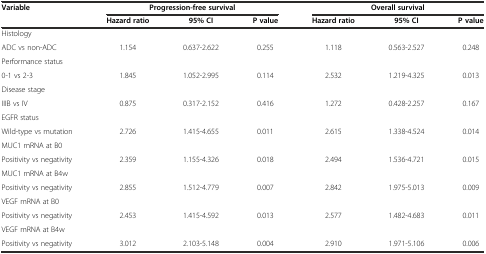
<table><thead><tr><td rowspan="2"><b>Variable</b></td><td colspan="3"><b>Progression-free survival</b></td><td colspan="3"><b>Overall survival</b></td></tr><tr><td><b>Hazard ratio</b></td><td><b>95% CI</b></td><td><b>P value</b></td><td><b>Hazard ratio</b></td><td><b>95% CI</b></td><td><b>P value</b></td></tr></thead><tbody><tr><td>Histology</td><td>[EMPTY_CELL]</td><td>[EMPTY_CELL]</td><td>[EMPTY_CELL]</td><td>[EMPTY_CELL]</td><td>[EMPTY_CELL]</td><td>[EMPTY_CELL]</td></tr><tr><td>ADC vs non-ADC</td><td>1.154</td><td>0.637-2.622</td><td>0.255</td><td>1.118</td><td>0.563-2.527</td><td>0.248</td></tr><tr><td>Performance status</td><td>[EMPTY_CELL]</td><td>[EMPTY_CELL]</td><td>[EMPTY_CELL]</td><td>[EMPTY_CELL]</td><td>[EMPTY_CELL]</td><td>[EMPTY_CELL]</td></tr><tr><td>0-1 vs 2-3</td><td>1.845</td><td>1.052-2.995</td><td>0.114</td><td>2.532</td><td>1.219-4.325</td><td>0.013</td></tr><tr><td>Disease stage</td><td>[EMPTY_CELL]</td><td>[EMPTY_CELL]</td><td>[EMPTY_CELL]</td><td>[EMPTY_CELL]</td><td>[EMPTY_CELL]</td><td>[EMPTY_CELL]</td></tr><tr><td>IIIB vs IV</td><td>0.875</td><td>0.317-2.152</td><td>0.416</td><td>1.272</td><td>0.428-2.257</td><td>0.167</td></tr><tr><td>EGFR status</td><td>[EMPTY_CELL]</td><td>[EMPTY_CELL]</td><td>[EMPTY_CELL]</td><td>[EMPTY_CELL]</td><td>[EMPTY_CELL]</td><td>[EMPTY_CELL]</td></tr><tr><td>Wild-type vs mutation</td><td>2.726</td><td>1.415-4.655</td><td>0.011</td><td>2.615</td><td>1.338-4.524</td><td>0.014</td></tr><tr><td>MUC1 mRNA at B0</td><td>[EMPTY_CELL]</td><td>[EMPTY_CELL]</td><td>[EMPTY_CELL]</td><td>[EMPTY_CELL]</td><td>[EMPTY_CELL]</td><td>[EMPTY_CELL]</td></tr><tr><td>Positivity vs negativity</td><td>2.359</td><td>1.155-4.326</td><td>0.018</td><td>2.494</td><td>1.536-4.721</td><td>0.015</td></tr><tr><td>MUC1 mRNA at B4w</td><td>[EMPTY_CELL]</td><td>[EMPTY_CELL]</td><td>[EMPTY_CELL]</td><td>[EMPTY_CELL]</td><td>[EMPTY_CELL]</td><td>[EMPTY_CELL]</td></tr><tr><td>Positivity vs negativity</td><td>2.855</td><td>1.512-4.779</td><td>0.007</td><td>2.842</td><td>1.975-5.013</td><td>0.009</td></tr><tr><td>VEGF mRNA at B0</td><td>[EMPTY_CELL]</td><td>[EMPTY_CELL]</td><td>[EMPTY_CELL]</td><td>[EMPTY_CELL]</td><td>[EMPTY_CELL]</td><td>[EMPTY_CELL]</td></tr><tr><td>Positivity vs negativity</td><td>2.453</td><td>1.415-4.592</td><td>0.013</td><td>2.577</td><td>1.482-4.683</td><td>0.011</td></tr><tr><td>VEGF mRNA at B4w</td><td>[EMPTY_CELL]</td><td>[EMPTY_CELL]</td><td>[EMPTY_CELL]</td><td>[EMPTY_CELL]</td><td>[EMPTY_CELL]</td><td>[EMPTY_CELL]</td></tr><tr><td>Positivity vs negativity</td><td>3.012</td><td>2.103-5.148</td><td>0.004</td><td>2.910</td><td>1.971-5.106</td><td>0.006</td></tr></tbody></table>